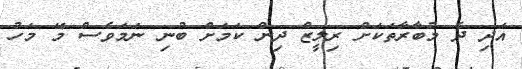
އަދި ދެ މުބާރާތަކަށް ރިލީޒް ދިން ކަމަށް ބުނި ނަމަވެސް މޭ މަހު